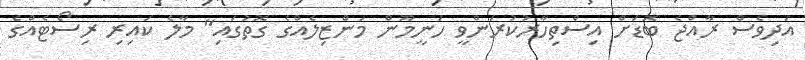
އަދިވެސް ރާއްޖެ ބޮޑަށް އިސްތިހާރުކުރަންވީ ހަނީމޫން މަންޒިލެއްގެ ގޮތުގައި" މާލެ ކައިރި ރިސޯޓެއްގެ